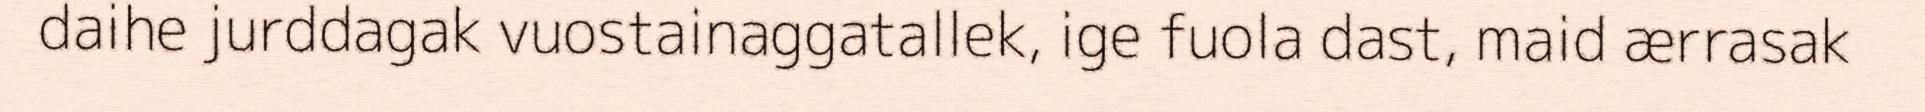
daihe jurddagak vuostainaggatallek, ige fuola dast, maid ærrasak